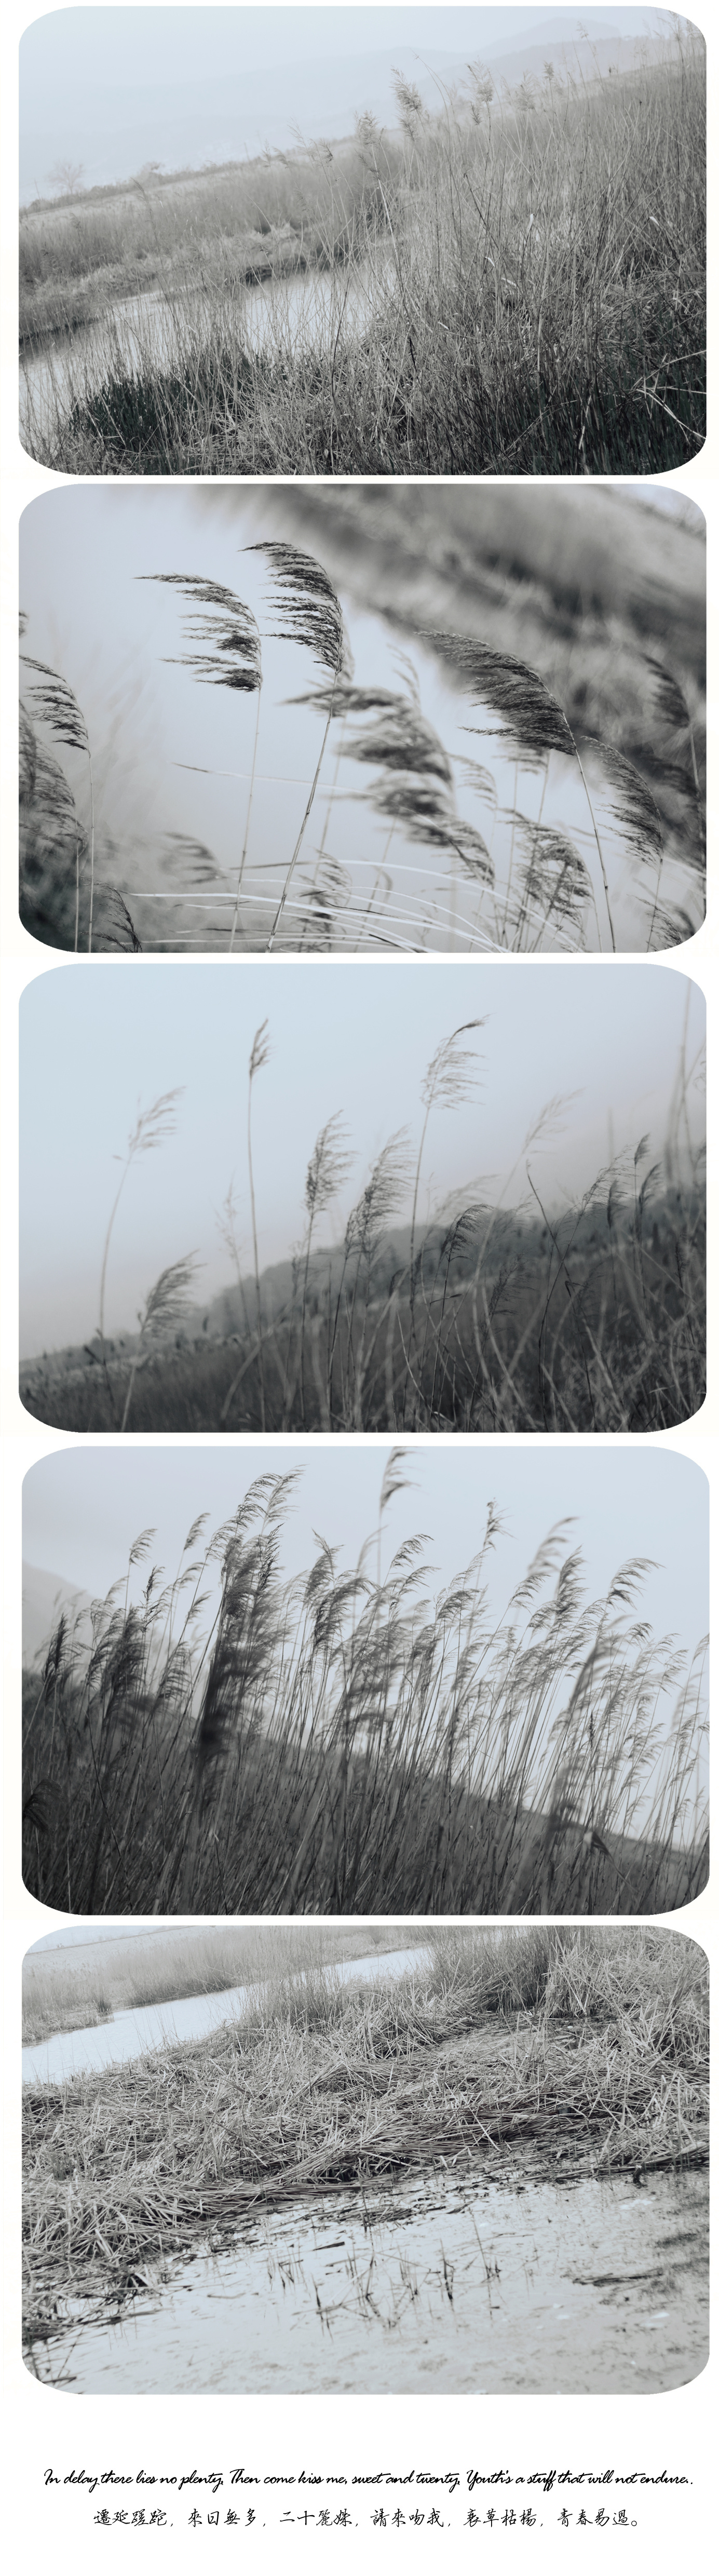
枯杨枯杨尔生稊，我独七十而孤栖。